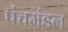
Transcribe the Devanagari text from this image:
पंचमंडल